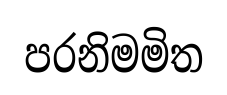
පරනිමමිත